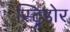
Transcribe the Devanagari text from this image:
स्ट्रिडोर